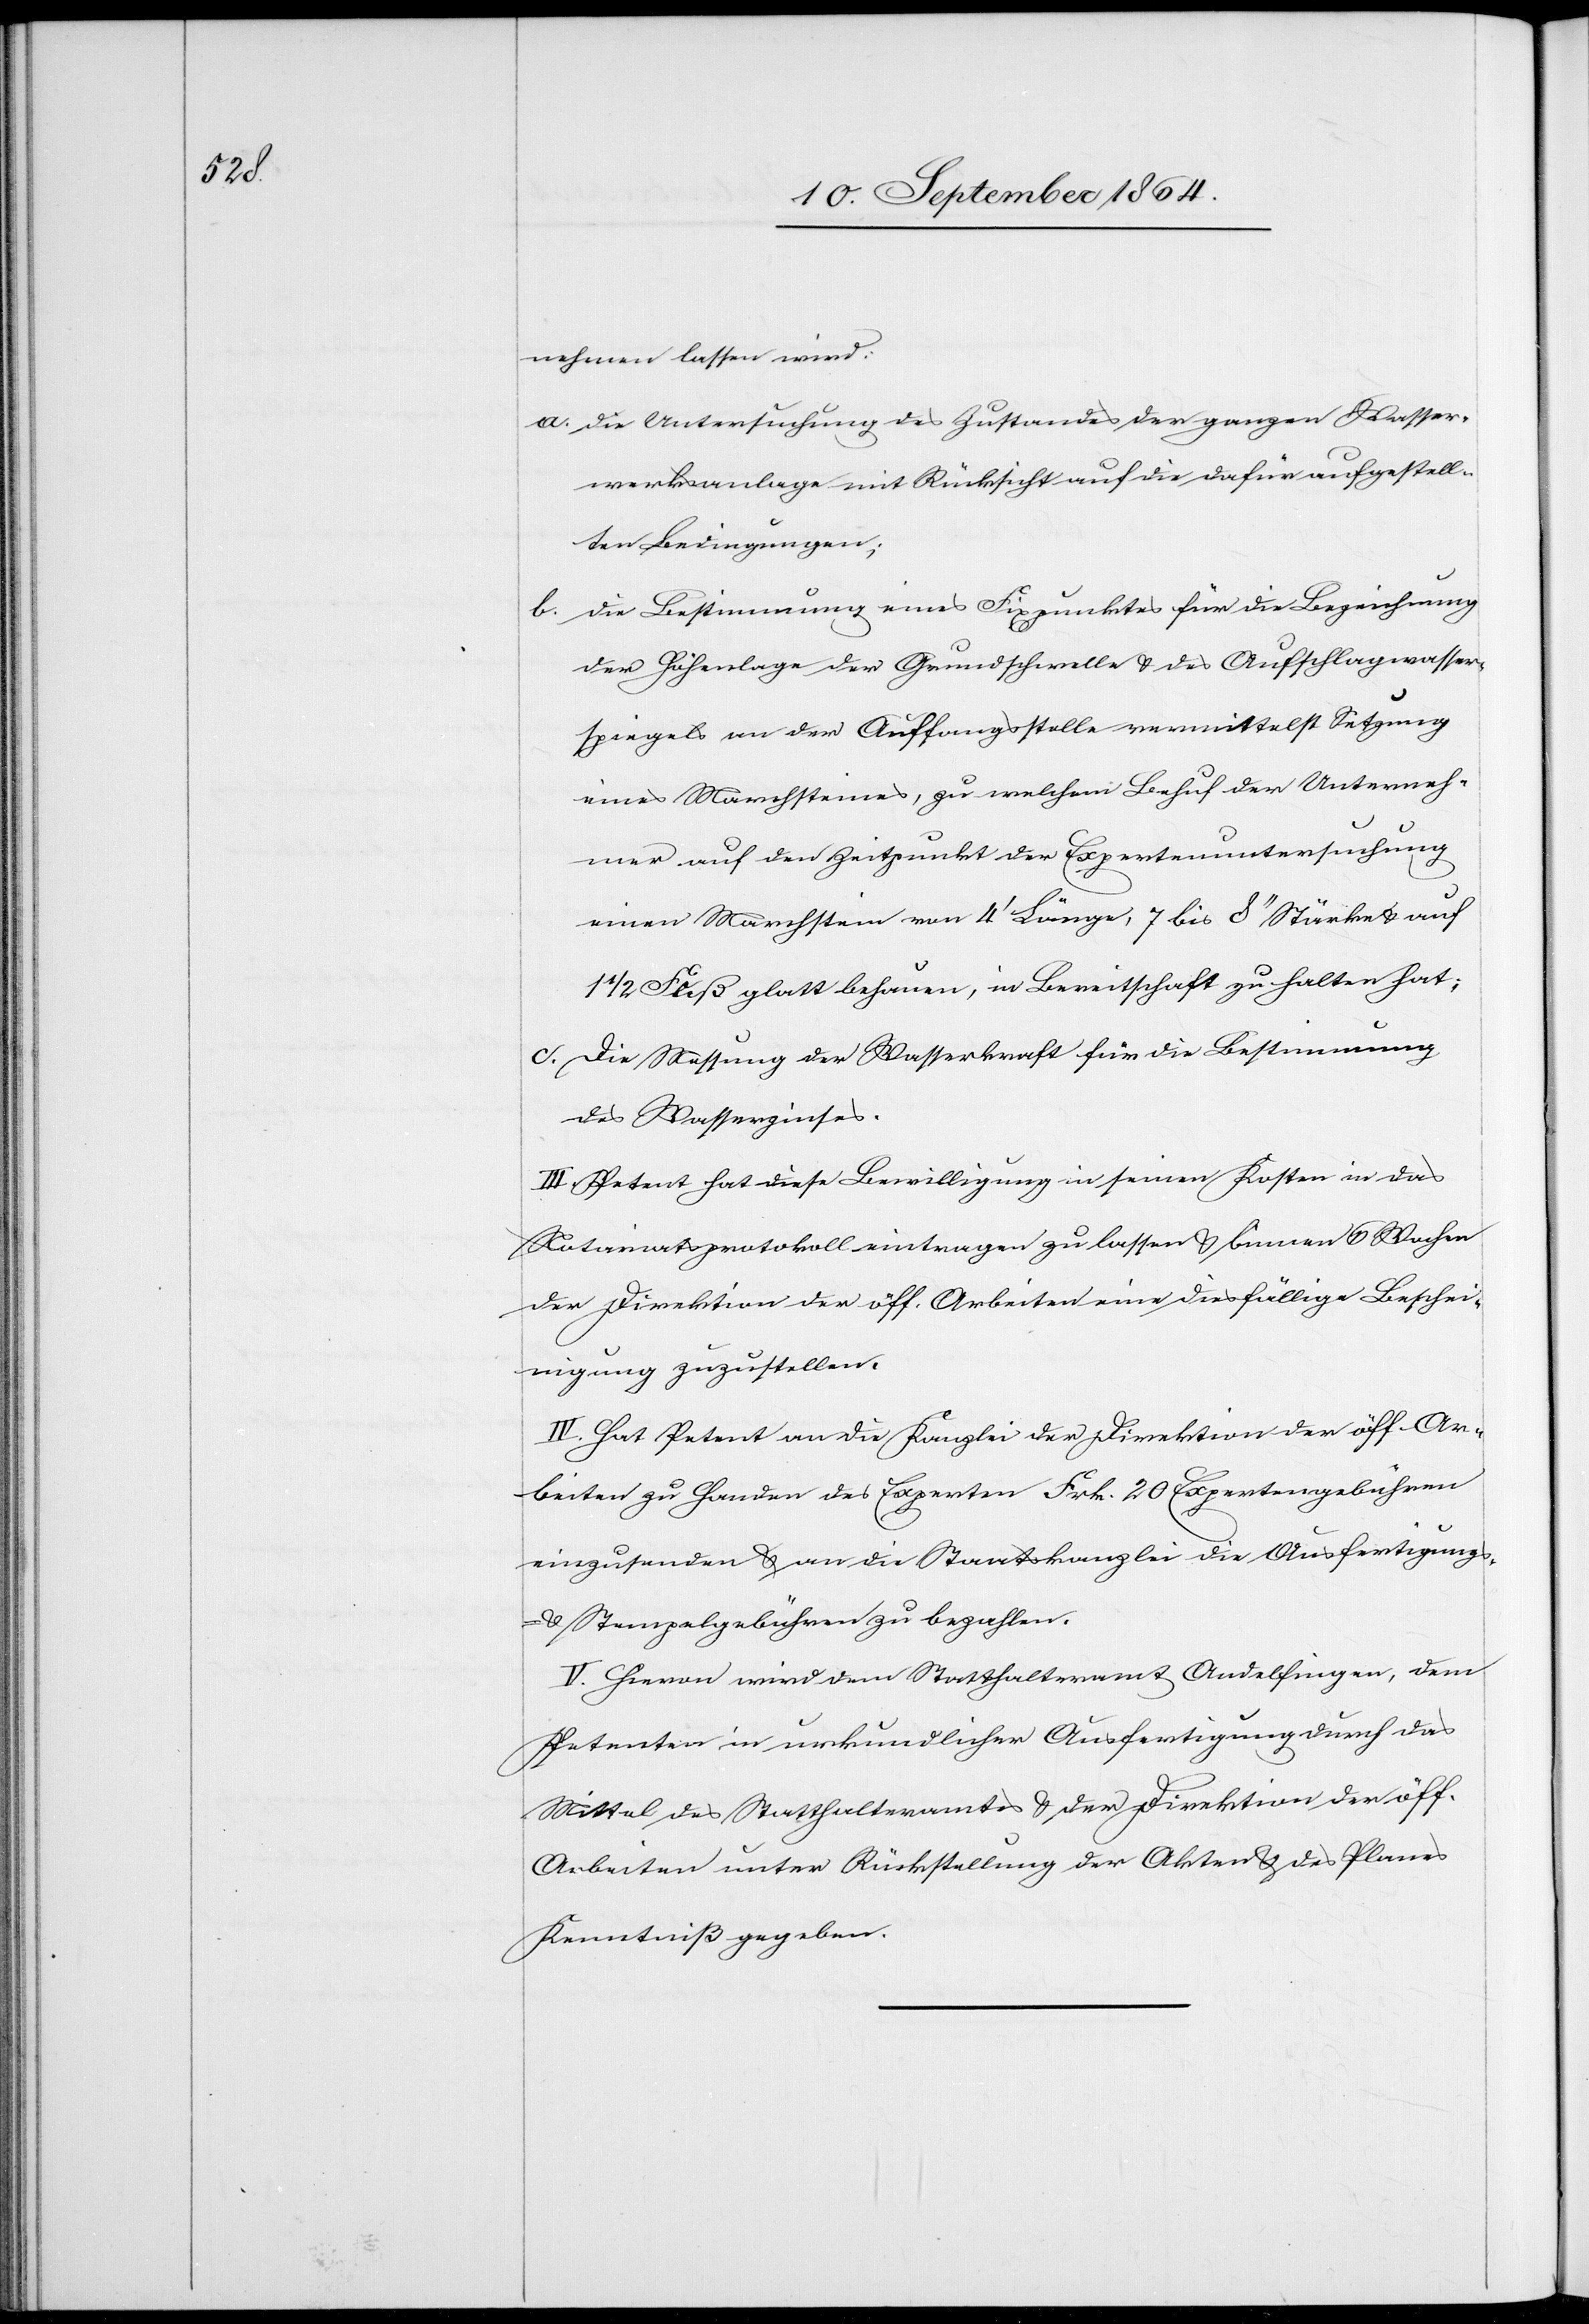
nehmen lassen wird:
a.	die Untersuchung des Zustandes der ganzen Wasser¬
werksanlage mit Rücksicht auf die dafür ausgestell¬
ten Bedingungen;
b.	die Bestimmung eines Fixpunktes für die Bezeichnung
der Höhenlage der Grundschwelle & des Aufschlagwasser¬
spiegels an der Auffangsstelle vermittelst Setzung
eines Marchsteines, zu welchem Behuf der Unterneh¬
mer auf den Zeitpunkt der Expertenuntersuchung
einen Marchstein von 4’ Länge, 7 bis 8’’ Stärke & auf
1/2 Fuß glatt behauen, in Bereitschaft zu halten hat;
c.	Die Messung der Wasserkraft für die Bestimmung
des Wasserzinses.
III. Petent hat diese Bewilligung in seinen Kosten in das
Notariatsprotokoll eintragen zu lassen & binnen 6 Wochen
der Direktion der öff. Arbeiten eine diesfällige Beschei¬
nigung zuzustellen.
IV. Hat Petent an die Kanzlei der Direktion der öff. Ar¬
beiten zu Handen des Experten Frk. 20 Expertengebühren
einzusenden & an die Staatskanzlei die Ausfertigungs-
& Stempelgebühren zu bezahlen.
V. Hievon wird dem Statthalteramt Andelfingen, dem
Petenten in urkundlicher Ausfertigung durch das
Mittel des Statthalteramtes & der Direktion der öff.
Arbeiten unter Rückstellung der Akten & des Planes
Kenntniß gegeben.